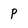
Character: p